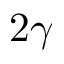
2 \gamma